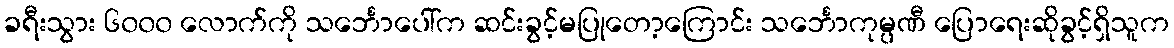
ခရီးသွား ၆၀၀၀ လောက်ကို သင်္ဘောပေါ်က ဆင်းခွင့်မပြုတော့ကြောင်း သင်္ဘောကုမ္ပဏီ ပြောရေးဆိုခွင့်ရှိသူက